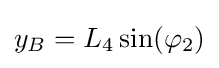
y_{B}=L_{4}\sin(\varphi _{2})